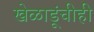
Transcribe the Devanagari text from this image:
खेळाडूंचीही